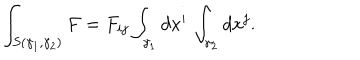
\int _ { S ( \gamma _ { 1 } , \gamma _ { 2 } ) } F = F _ { i j } \int _ { \gamma _ { 1 } } d x ^ { i } \, \int _ { \gamma _ { 2 } } d x ^ { j } .